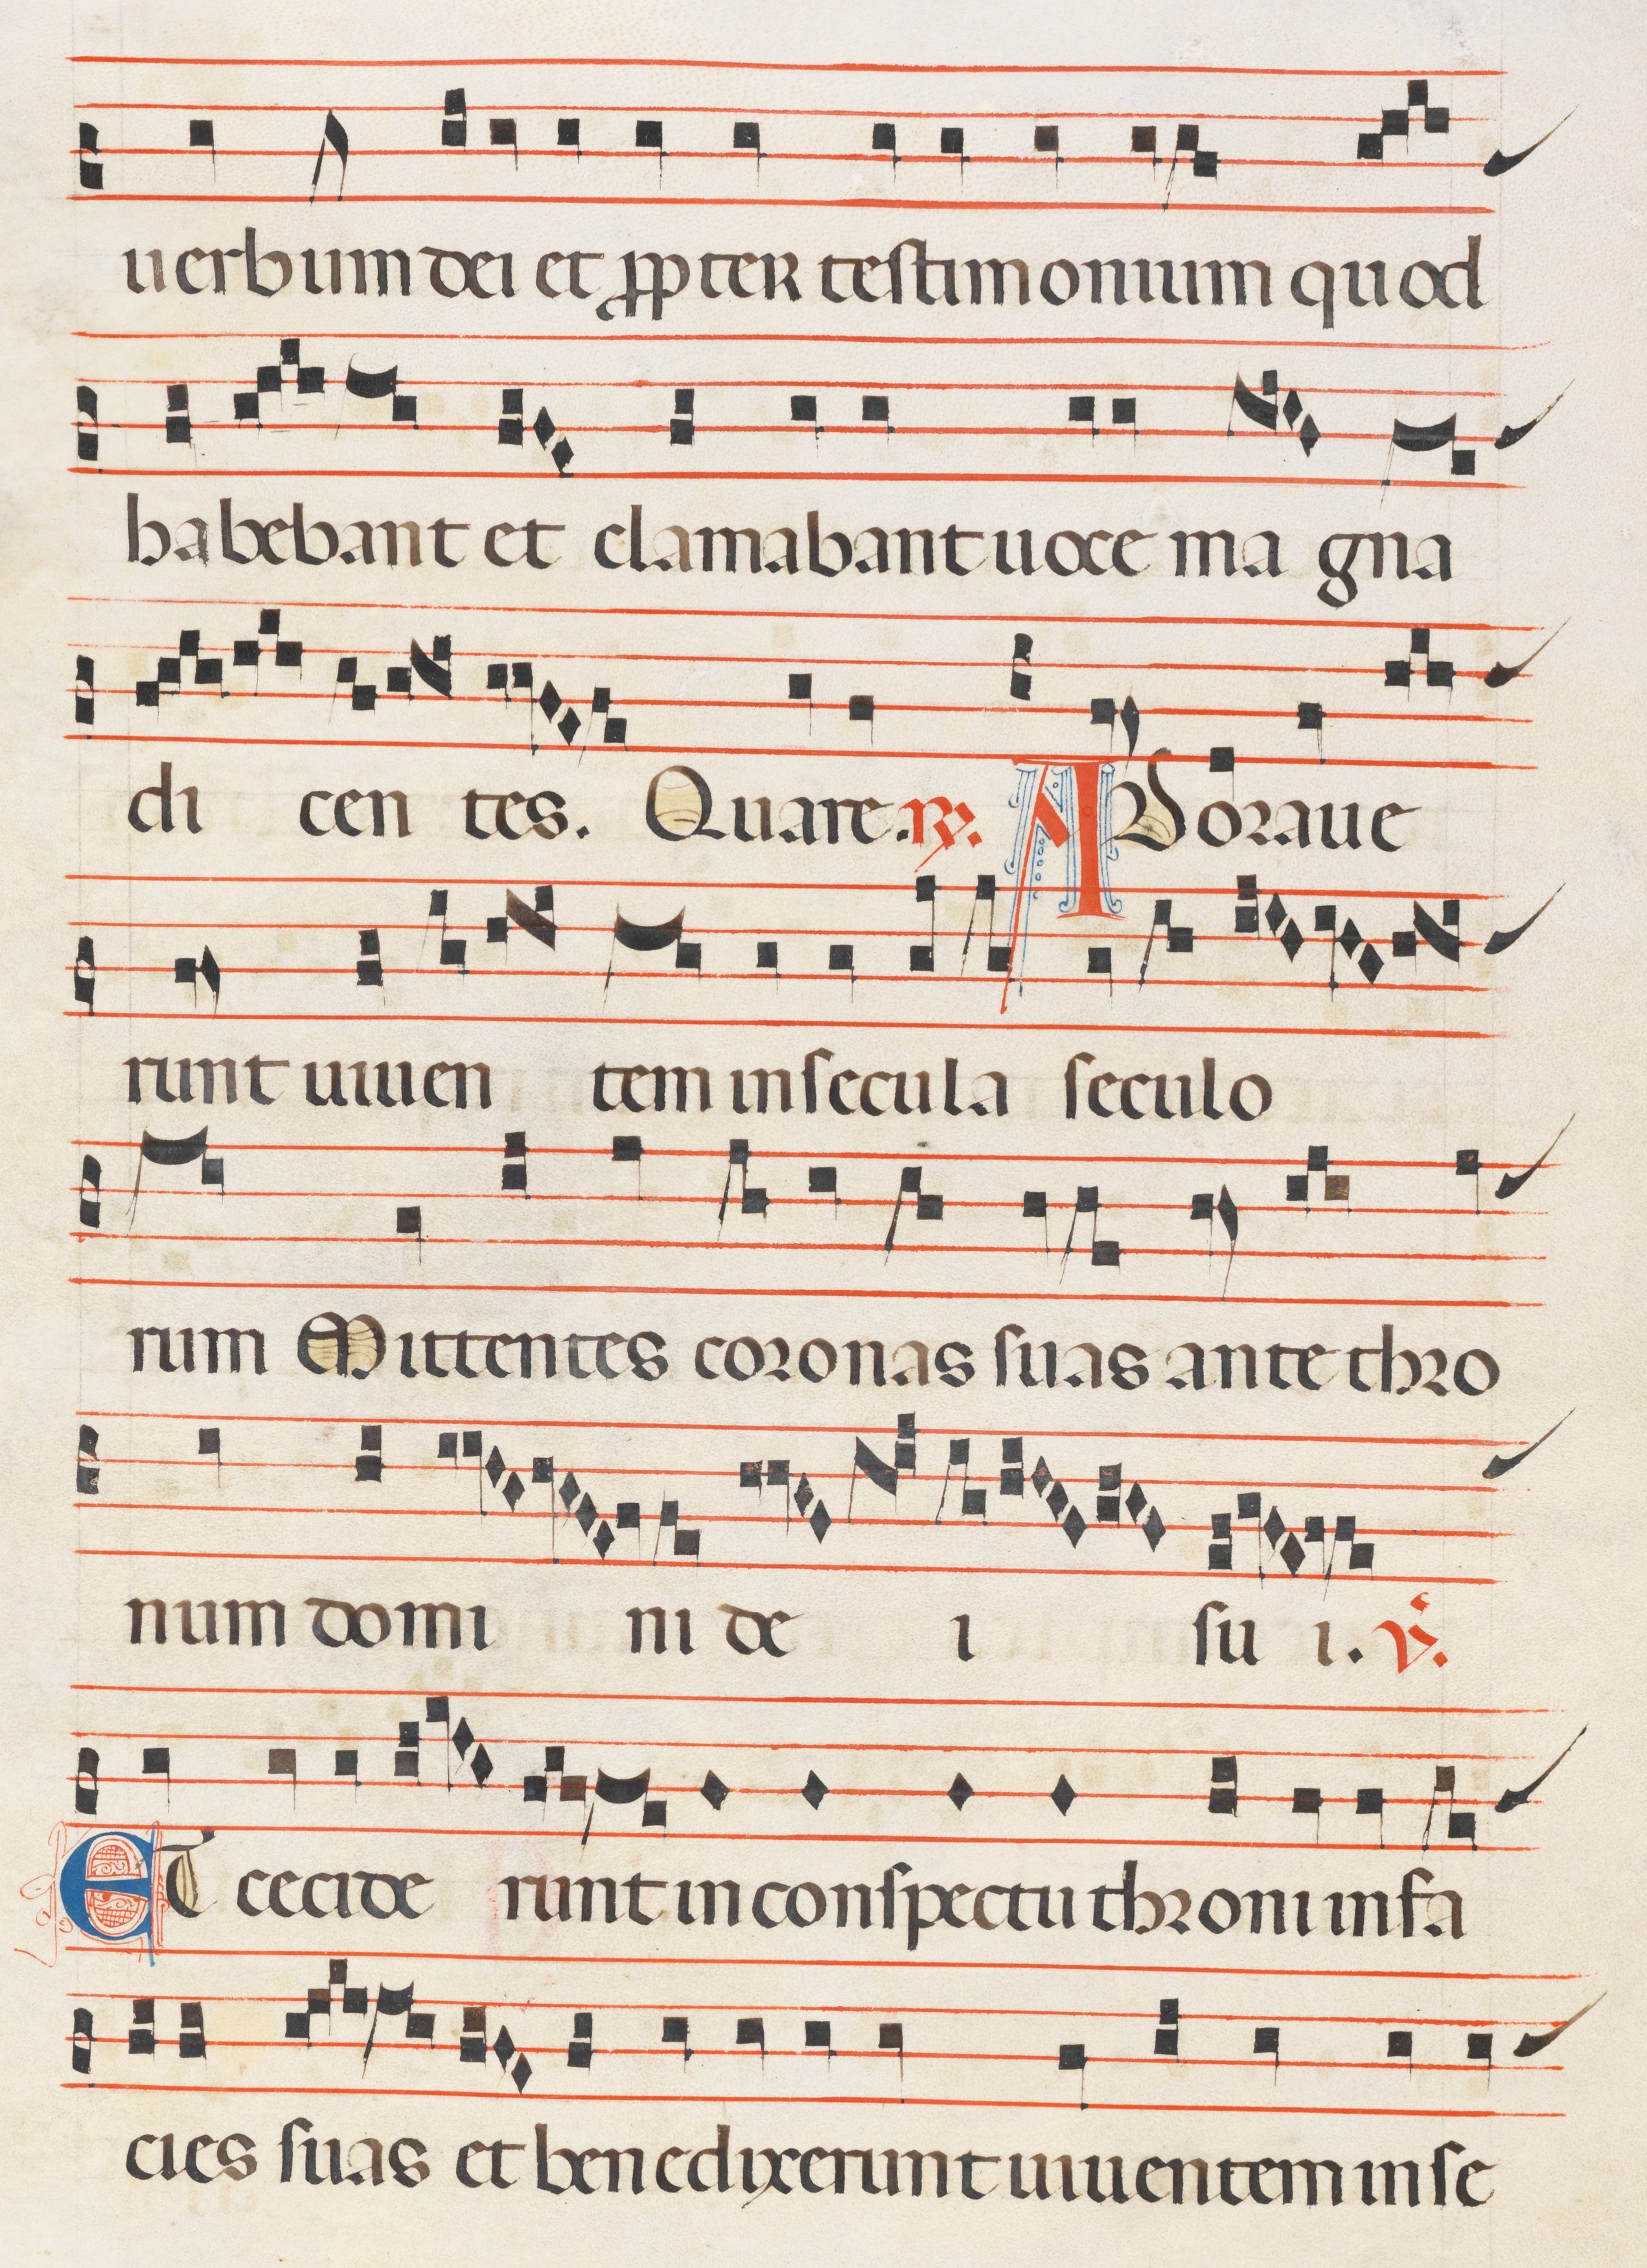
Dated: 1300–1330